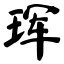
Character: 珲